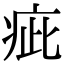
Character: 疵